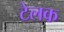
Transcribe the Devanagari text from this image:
टेलक